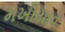
મખીયાવ